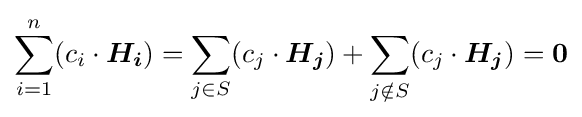
\sum _{i=1}^{n}(c_{i}\cdot {\boldsymbol {H_{i}}})=\sum _{j\in S}(c_{j}\cdot {\boldsymbol {H_{j}}})+\sum _{j\notin S}(c_{j}\cdot {\boldsymbol {H_{j}}})={\boldsymbol {0}}